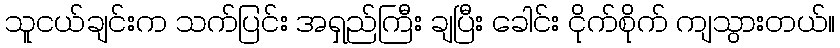
သူငယ်ချင်းက သက်ပြင်း အရှည်ကြီး ချပြီး ခေါင်း ငိုက်စိုက် ကျသွားတယ်။